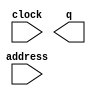
module nuny_new2 (
	address,
	clock,
	q);

	input	[14:0]  address;
	input	  clock;
	output	[11:0]  q;
`ifndef ALTERA_RESERVED_QIS
// synopsys translate_off
`endif
	tri1	  clock;
`ifndef ALTERA_RESERVED_QIS
// synopsys translate_on
`endif

endmodule